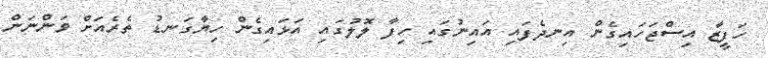
ހަފީޒާ އިސްޖަހައިގެން އިނދެފައި އައިނުގައި ހިފާ ލޮލުގައި އަޅައިގެން ހިޔާގަނޑު ތެރެއަށް ވަންނަން